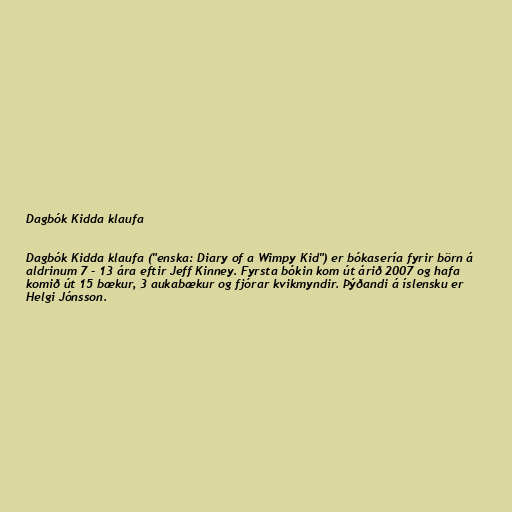
Dagbók Kidda klaufa

Dagbók Kidda klaufa ("enska: Diary of a Wimpy Kid") er bókasería fyrir börn á
aldrinum 7 - 13 ára eftir Jeff Kinney. Fyrsta bókin kom út árið 2007 og hafa
komið út 15 bækur, 3 aukabækur og fjórar kvikmyndir. Þýðandi á íslensku er
Helgi Jónsson.